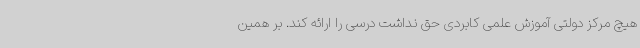
هیچ مرکز دولتی آموزش علمی کابردی حق نداشت درسی را ارائه کند. بر همین